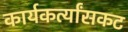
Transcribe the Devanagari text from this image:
कार्यकर्त्यांसकट